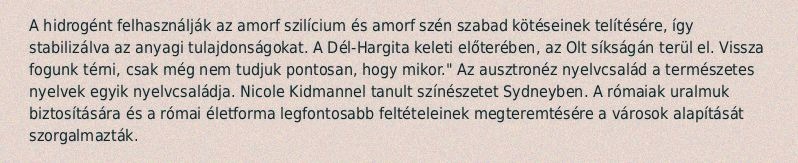
A hidrogént felhasználják az amorf szilícium és amorf szén szabad kötéseinek telítésére, így stabilizálva az anyagi tulajdonságokat. A Dél-Hargita keleti előterében, az Olt síkságán terül el. Vissza fogunk térni, csak még nem tudjuk pontosan, hogy mikor." Az ausztronéz nyelvcsalád a természetes nyelvek egyik nyelvcsaládja. Nicole Kidmannel tanult színészetet Sydneyben. A rómaiak uralmuk biztosítására és a római életforma legfontosabb feltételeinek megteremtésére a városok alapítását szorgalmazták.